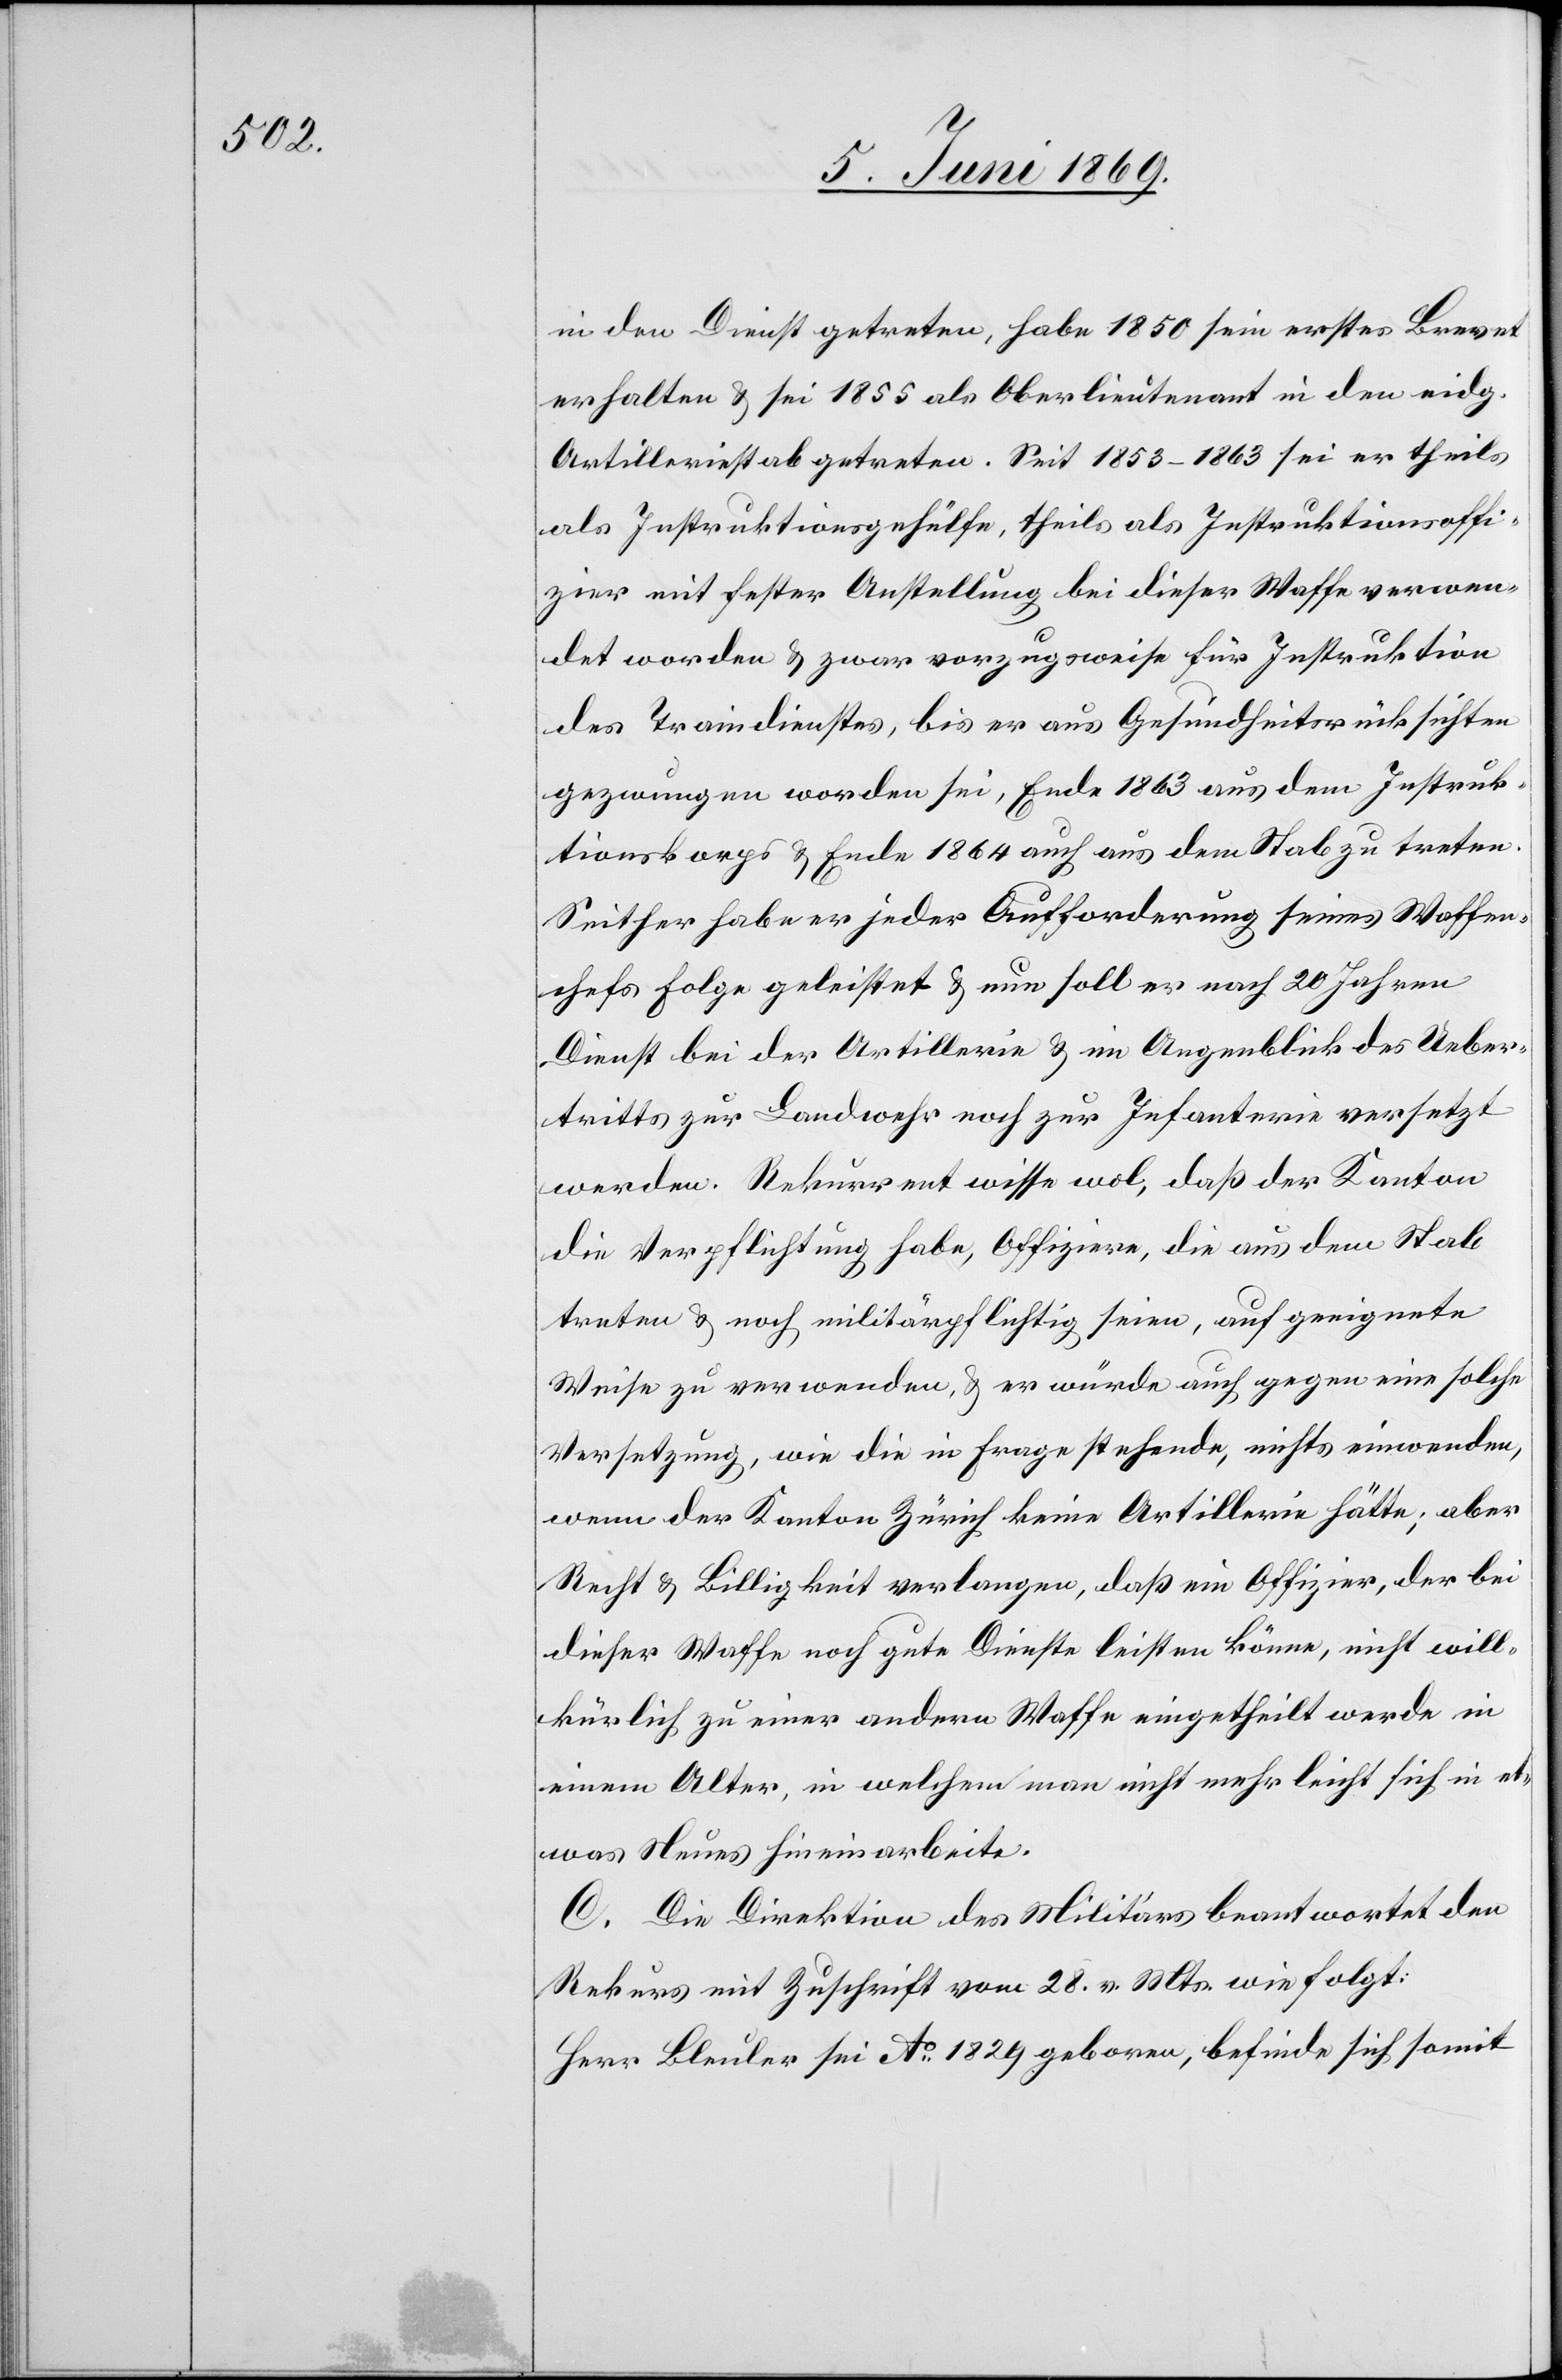
in den Dienst getreten, habe 1850 sein erstes Brevet
erhalten u. sei 1855 als Oberlieutnant in den eidg.
Artilleriedienst getreten. Seit 1853–1863 sei er theils
als Instruktionsgehülfe, theils als Instruktionsoffi¬
zier mit fester Anstellung bei dieser Waffe verwen¬
det worden u. zwar vorzugsweise für Instruktion
des Traindienstes, bis er aus Gesundheitsrücksichten
gezwungen worden sei, Ende 1863 aus dem Instruk¬
tionskorps u. Ende 1864 auch aus dem Stab zu treten.
Seither habe er jeder Aufforderung seines Waffen¬
chefs Folge geleistet u. nun soll er nach 20 Jahren
Dienst bei der Artillerie u. im Augenblick des Ueber¬
tritts zur Landwehr noch zur Infanterie versetzt
werden. Rekurrent wisse wol, daß der Kanton
die Verpflichtung habe, Offiziere, die aus dem Stab
treten u. noch militärpflichtig seien, auf geeignete
Weise zu verwenden, u. er würde auch gegen eine solche
Versetzung, wie die in Frage stehende, nichts einwenden,
wenn der Kanton Zürich keine Artillerie hätte, aber
Recht u. Billigkeit verlangen, daß ein Offizier, der bei
dieser Waffe noch gute Dienste leisten könne, nicht will¬
kürlich zu einer andern Waffe eingetheilt werde in
einem Alter, in welchem man nicht mehr leicht sich in et¬
was Neues hineinarbeite.
C. Die Direktion des Militärs beantwortet den
Rekurs mit Zuschrift vom 28 v. Mts. wie folgt:
Herr Bleuler sei Ao. 1829 geboren, befinde sich somit